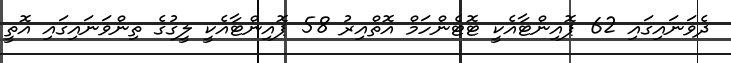
ދެވަނައިގައި 62 ޕޮއިންޓާއެކީ ޓޮޓެންހަމް އޮތްއިރު 58 ޕޮއިންޓާއެކީ ލީގުގެ ތިންވަނައިގައި އޮތީ